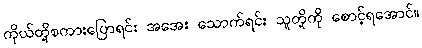
ကိုယ်တို့စကားပြောရင်း အအေး သောက်ရင်း သူတို့ကို စောင့်ရအောင်။